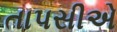
તાપસીએ